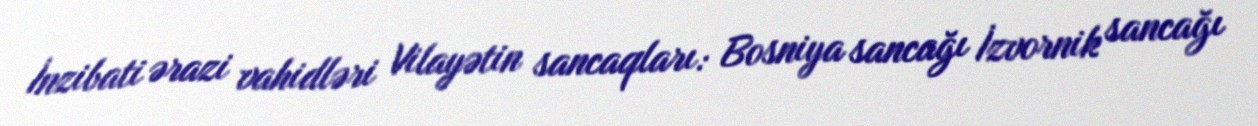
İnzibati ərazi vahidləri Vilayətin sancaqları: Bosniya sancağı İzvornik sancağı